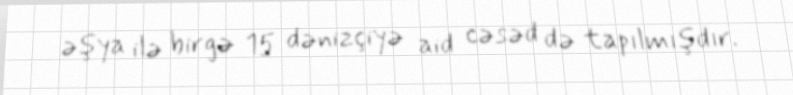
əşya ilə birgə 15 dənizçiyə aid cəsəd də tapılmışdır.